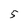
Character: 5